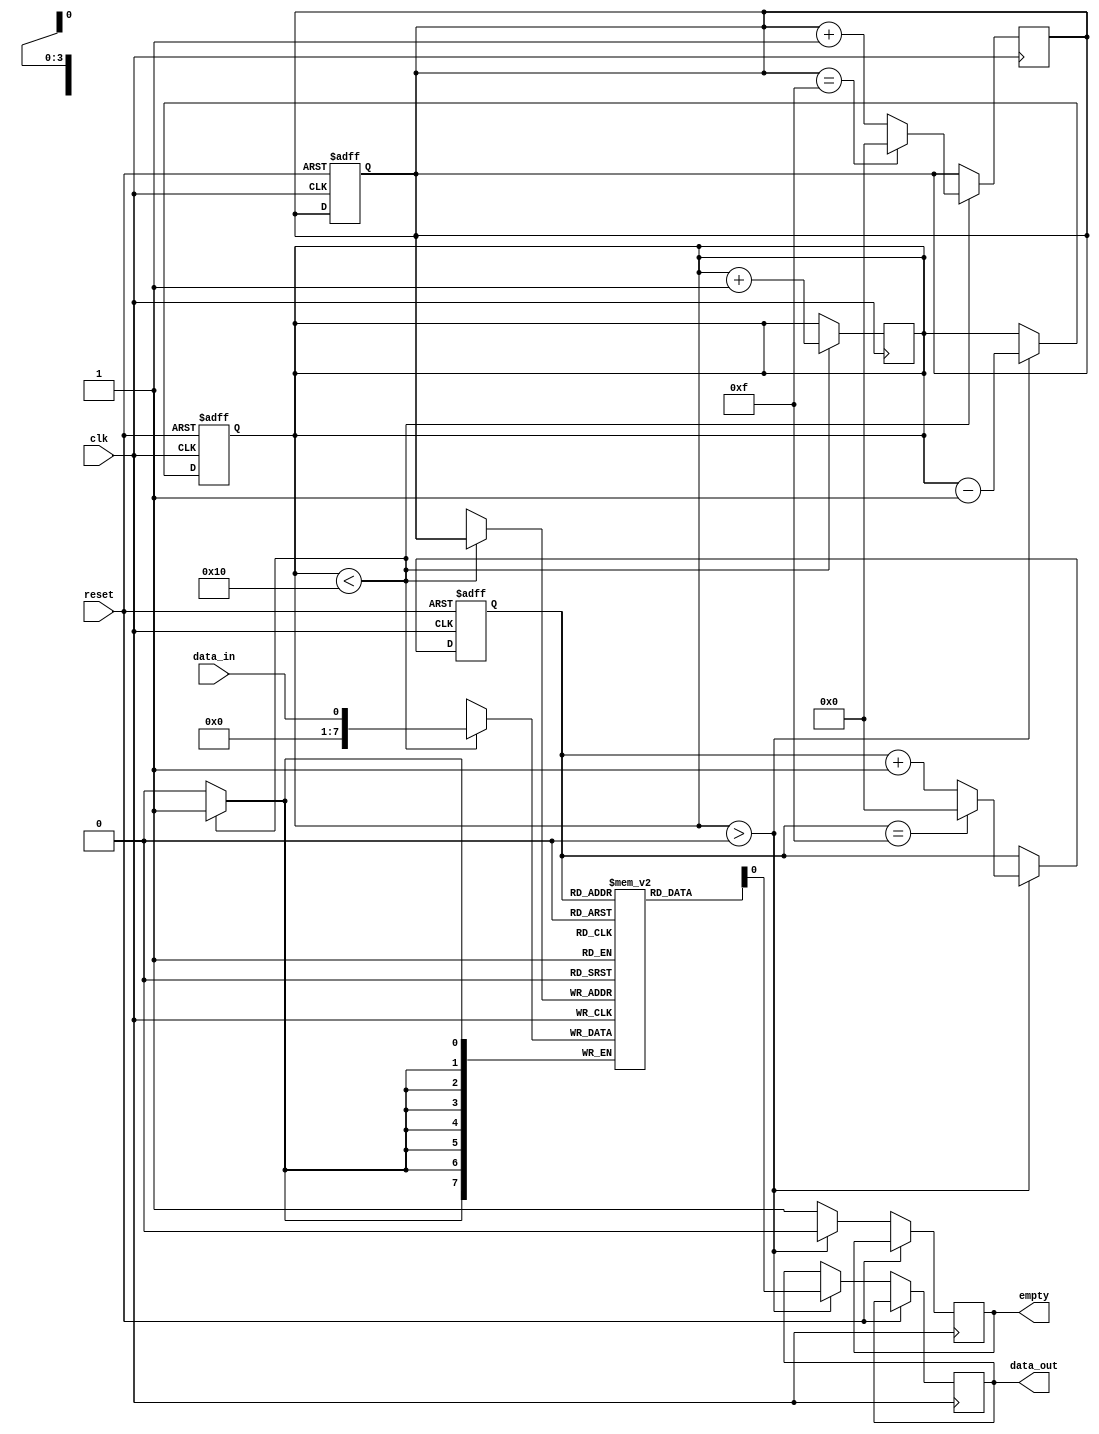
module Almost_Empty_FIFO (
    input wire clk,
    input wire reset,
    input wire data_in,
    output reg data_out,
    output reg empty
);

reg [7:0] buffer [0:15]; // 16-depth FIFO buffer
reg [3:0] head;
reg [3:0] tail;
reg [3:0] count;

always @(posedge clk or posedge reset) begin
    if (reset) begin
        head <= 4'b0000;
        tail <= 4'b0000;
        count <= 4'b0000;
    end else if (count > 0) begin
        data_out <= buffer[tail];
        tail <= tail + 1;
        count <= count - 1;
        if (tail == 4'b1111) begin
            tail <= 4'b0000;
        end
        empty <= 0;
        
    end else begin
        empty <= 1;
    end
end

always @(posedge clk) begin
    if (count < 16) begin
        buffer[head] <= data_in;
        head <= head + 1;
        count <= count + 1;
        if (head == 4'b1111) begin
            head <= 4'b0000;
        end
    end
end

endmodule